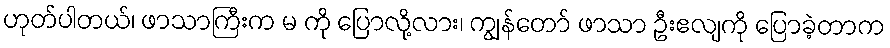
ဟုတ်ပါတယ်၊ ဖာသာကြီးက မ ကို ပြောလို့လား၊ ကျွန်တော် ဖာသာ ဦးဧလျကို ပြောခဲ့တာက